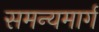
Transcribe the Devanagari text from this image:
समन्यमार्ग